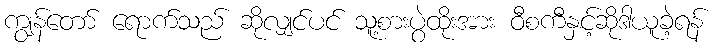
ကျွန်တော် ရောက်သည် ဆိုလျှင်ပင် သူ့စားပွဲထိုးအား ဝီစကီနှင့်ဆိုဒါယူခဲ့ရန်